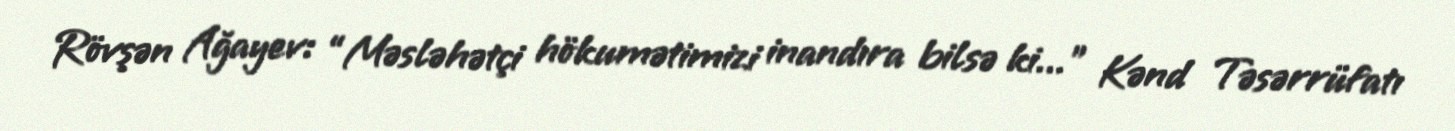
Rövşən Ağayev: “Məsləhətçi hökumətimizi inandıra bilsə ki...” Kənd Təsərrüfatı